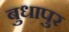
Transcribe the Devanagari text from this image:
बुधापुर